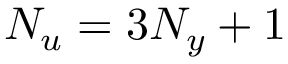
N _ { u } = 3 N _ { y } + 1